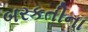
બરકતીના